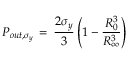
P _ { o u t , \sigma _ { y } } \, = \, \frac { 2 \sigma _ { y } } { 3 } \left( 1 - \frac { R _ { 0 } ^ { 3 } } { R _ { \infty } ^ { 3 } } \right)